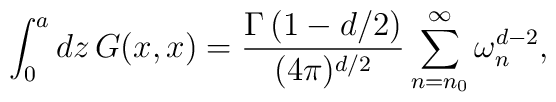
\int_{0}^{a}dz\,G(x,x)={\Gamma\left(1-d/2\right)\over(4\pi)^{d/2}}\sum_{n=n_0}^{\infty}\omega_{n}^{d-2},